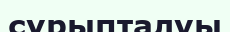
сұрыпталуы